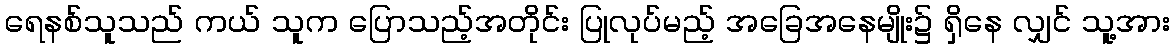
ရေနစ်သူသည် ကယ် သူက ပြောသည့်အတိုင်း ပြုလုပ်မည့် အခြေအနေမျိုး၌ ရှိနေ လျှင် သူ့အား